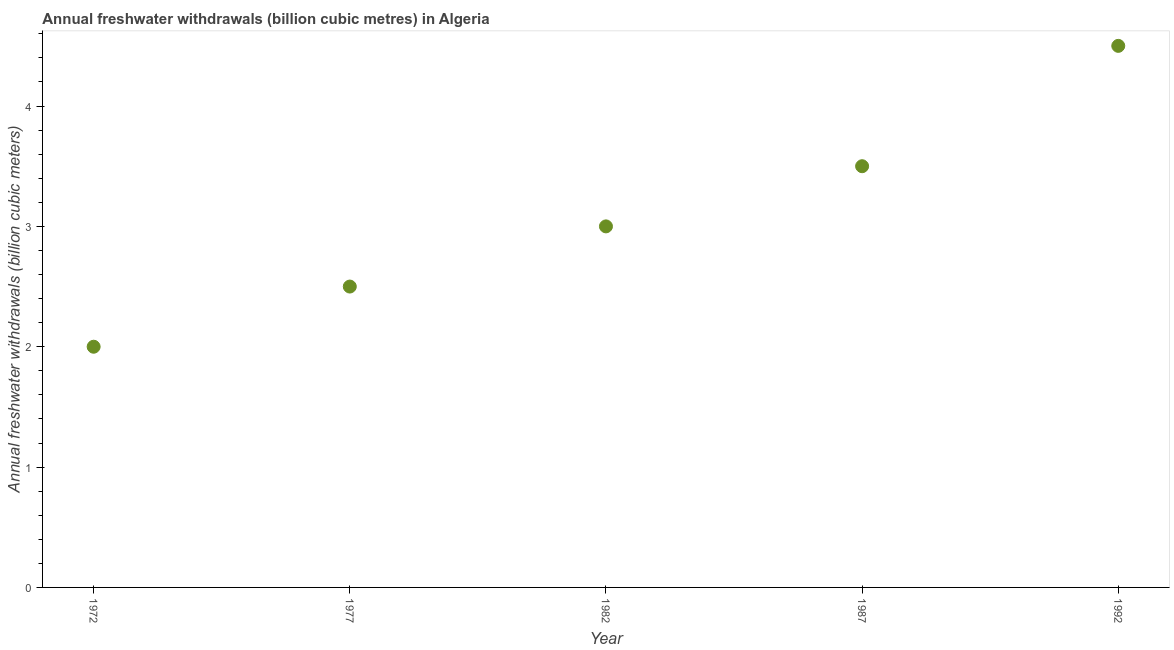
| Year | Annual freshwater withdrawals |
 | --- | --- |
 | 1972 | 2 |
 | 1977 | 2.5 |
 | 1982 | 3 |
 | 1987 | 3.5 |
 | 1992 | 4.5 |